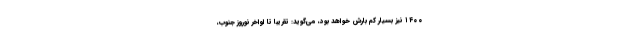
۱۴۰۰ نیز بسیار کم بارش خواهد بود، می‌گوید: تقریبا تا اواخر نوروز جنوب،